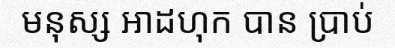
មនុស្ស អាដហុក បាន ប្រាប់